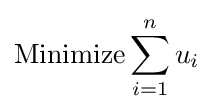
{\text{Minimize}}\sum _{i=1}^{n}u_{i}